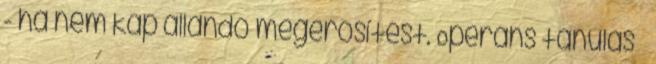
- ha nem kap állandó megerősítést. Operáns tanulás –